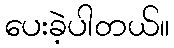
ပေးခဲ့ပါတယ်။